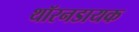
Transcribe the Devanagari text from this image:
थॉरनडायक